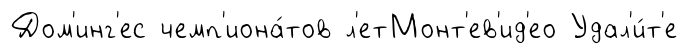
Дом'инг'ес чемп'иона́тов л'етМонт'ев'ид'ео Удал'и́т'е